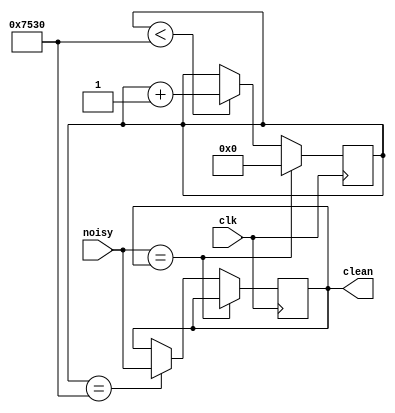
`timescale 1ns / 1ps

module debouncer(
    input clk,
    input noisy,
    output reg clean
);

reg [15:0] counter = 0;
parameter count_MAX = 30000;

always @(posedge clk) begin
    if (noisy == clean) begin
        counter <= 0;
    end else begin
        if(counter < count_MAX)begin
        counter <= counter + 1;
        end
        if (counter == count_MAX) begin
            clean <= noisy;
            end
            end
            end
            endmodule